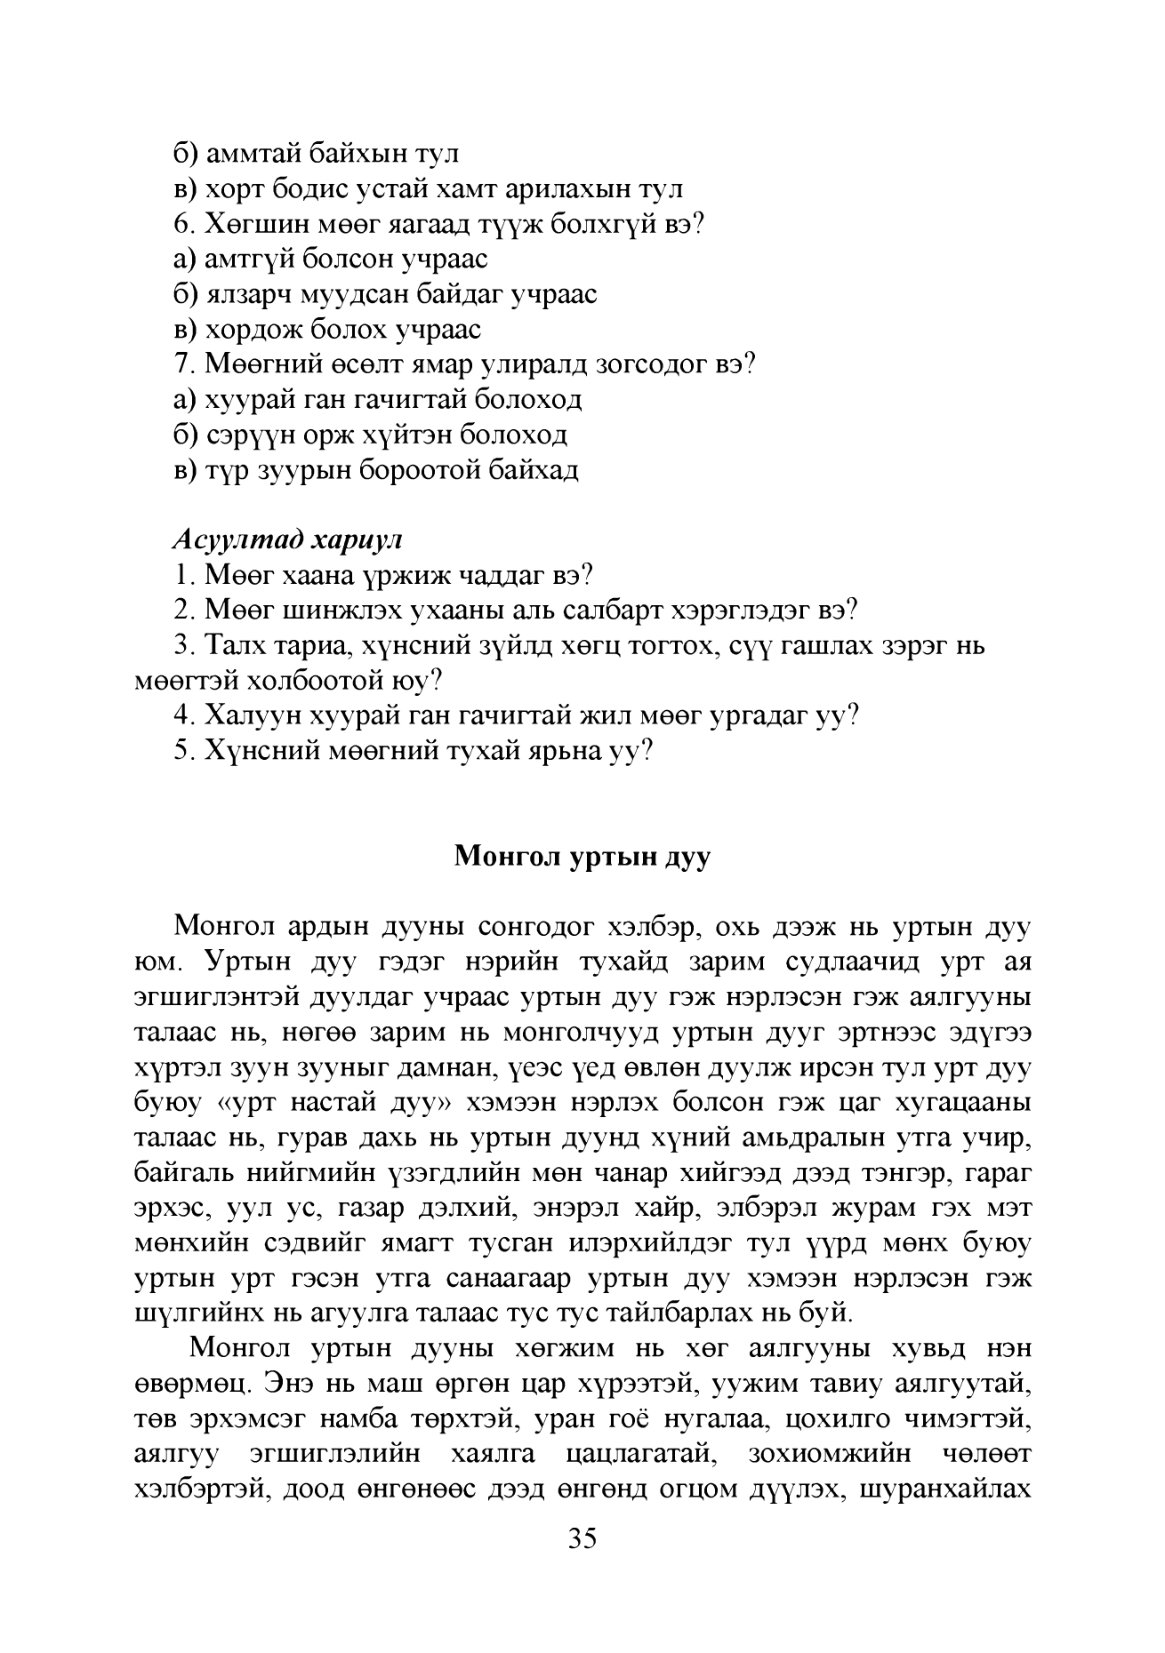
Language: mn